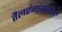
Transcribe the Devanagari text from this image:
तैलरंगांमधील